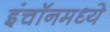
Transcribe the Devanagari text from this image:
इंचॉनमध्ये